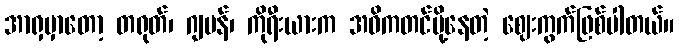
အာရှမှာတော့ တရုတ်၊ ဂျပန်၊ ကိုရီးယားက အဓိကတင်ပို့နေတဲ့ ဈေးကွက်ဖြစ်ပါတယ်။